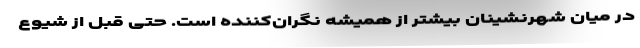
در میان شهرنشینان بیشتر از همیشه نگران‌کننده است. حتی قبل از شیوع